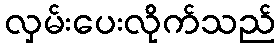
လှမ်းပေးလိုက်သည်